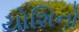
યોશિનો